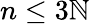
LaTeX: n\leq3\mathbb{N}